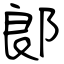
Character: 郞